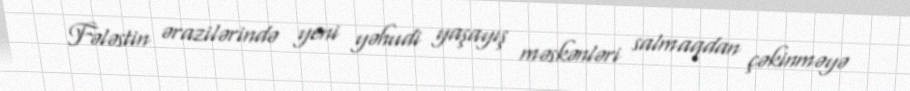
Fələstin ərazilərində yeni yəhudi yaşayış məskənləri salmaqdan çəkinməyə